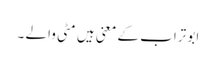
ابو تراب کے معنی ہیں مٹی والے ۔